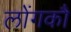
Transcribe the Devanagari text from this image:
लोंगकौ